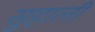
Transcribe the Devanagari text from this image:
सुहाली